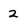
Character: 2